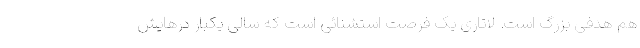
هم هدفی بزرگ است. لاتاری یک فرصت استشنائی است که سالی یکبار درهایش